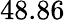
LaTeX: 48.86